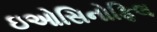
ઇઓસિનોફિલ